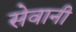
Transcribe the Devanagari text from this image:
सेवानी